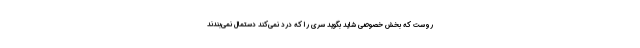
روست که بخش خصوصی شاید بگوید سری را که درد نمی‌کند دستمال نمی‌بندند